38_143685_box_Incident_Summaries_101-172
Agency: Department of War
Page 176
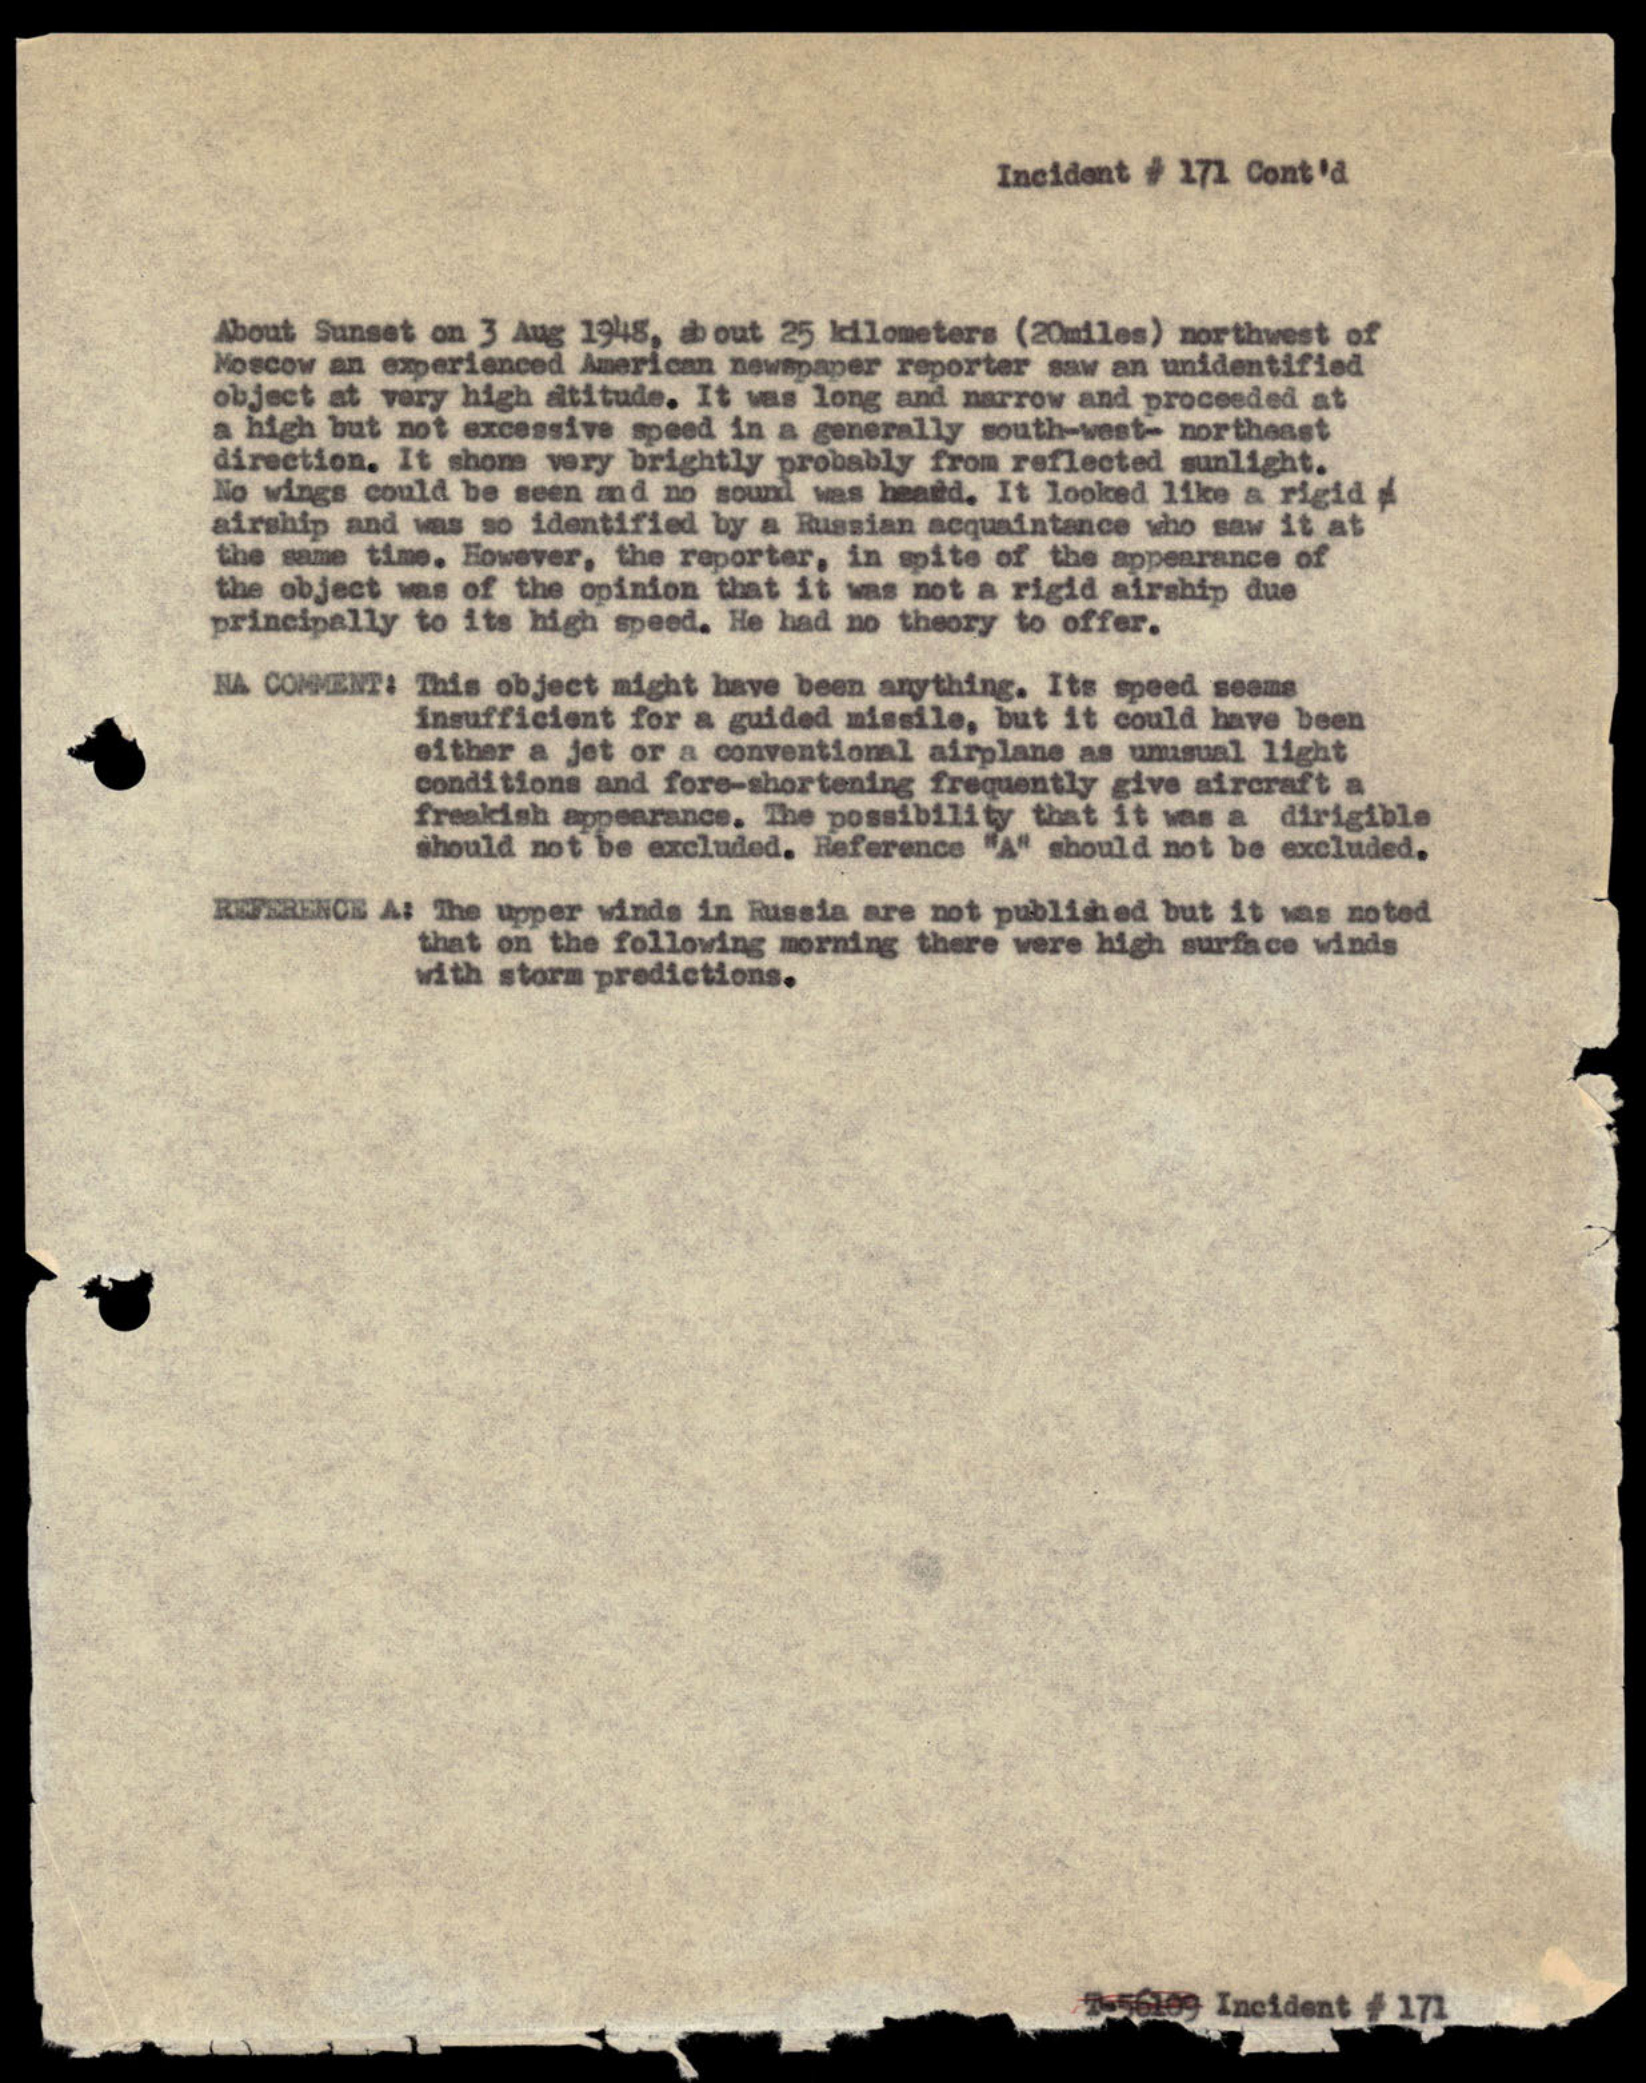